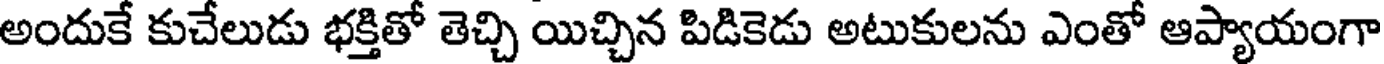
అందుకే కుచేలుడు భక్తితో తెచ్చి యిచ్చిన పిడికెడు అటుకులను ఎంతో ఆప్యాయంగా